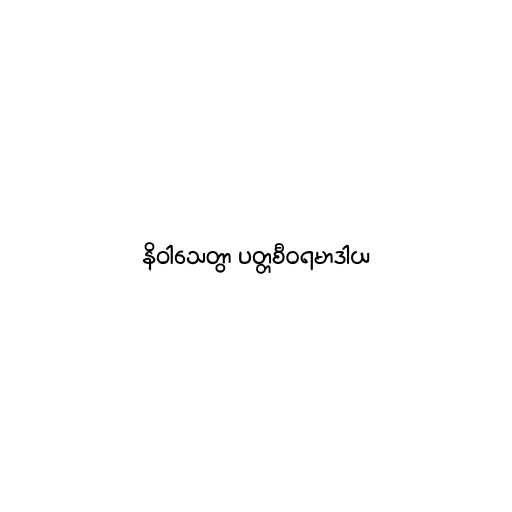
နိဝါသေတွာ ပတ္တစီဝရမာဒါယ